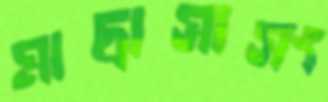
মাদ্রাসাসং